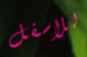
للأسفل